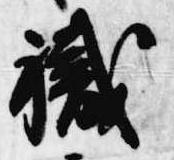
職